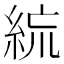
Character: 𥿼